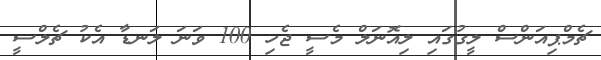
ޗެމްޕިއަންސް ލީގުގައި ލިއޮނަލް މެސީ ޖެހި 100 ވަނަ ލަނޑާ އެކު ޗެލްސީ